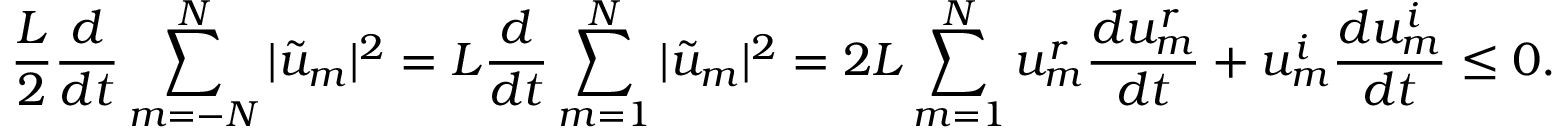
\frac { L } { 2 } \frac { d } { d t } \sum _ { m = - N } ^ { N } | \tilde { u } _ { m } | ^ { 2 } = L \frac { d } { d t } \sum _ { m = 1 } ^ { N } | \tilde { u } _ { m } | ^ { 2 } = 2 L \sum _ { m = 1 } ^ { N } u _ { m } ^ { r } \frac { d { u } _ { m } ^ { r } } { d t } + { u } _ { m } ^ { i } \frac { d { u } _ { m } ^ { i } } { d t } \le 0 .